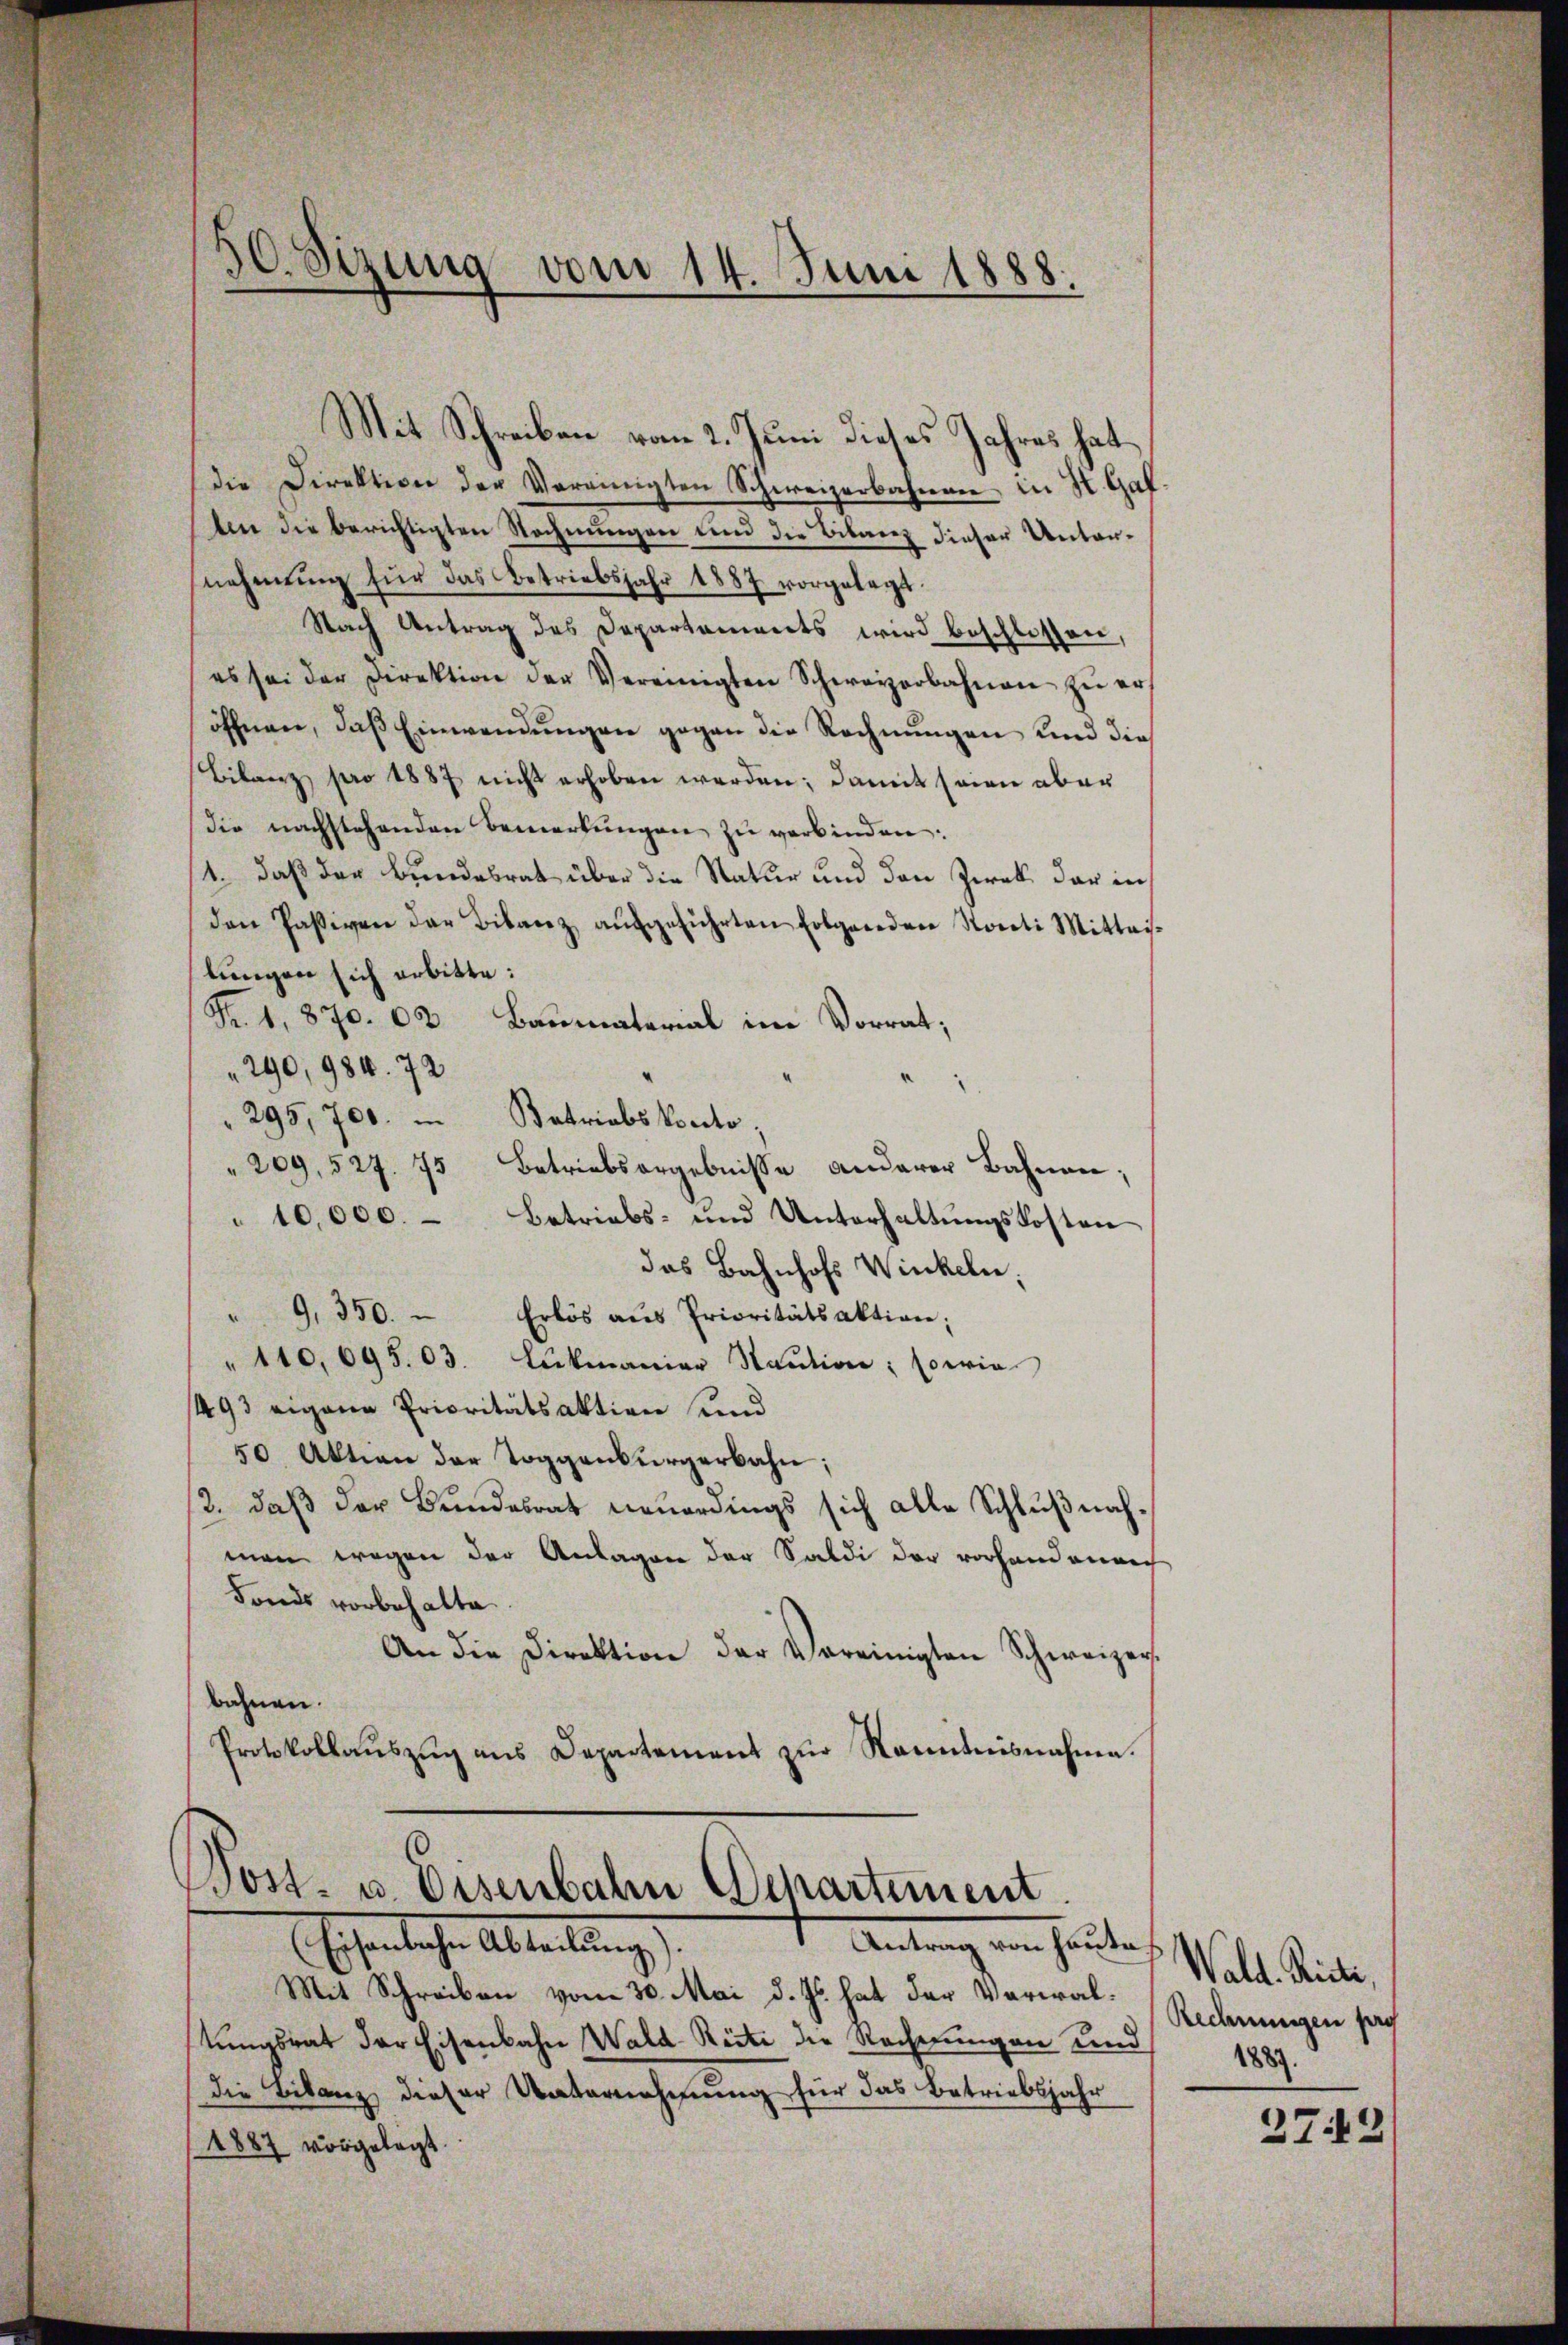
30. Sizung vom 14. Juni 1888.

Mit Schreiben vom 2. Juni dieses Jahres hat
die Direktion der Vereinigten Schweizerbahnen in St. Gal-
An die berichtigten Rechnungen und die Bilanz dieser Unternehmŭng für das Betriebsjahr 1887 vorgelegt.
Nach Antrag des Departements wird beschlossen,
es sei der Direktion der Vereinigten Schweizerbahnen zŭ er
öffnen, daß Einwendungen gegen die Rechnungen und dies
Bilanz pro 1887 nicht erhoben werden; damit seien aber
Die nachstehenden Bemerkungen zu verbinden:
4. daß der Bundesrat über die Natur und den Zweck der in
den Passiven der Bilanz aŭsgeführten Erbganden Sorti Mittaislungen sich erbitte:
Fr. 1, 870. 63 Baumaterial im Vorrat;
 290, 984. 72
295,700. u Betriebskonto,
209, 527. 75 betriebsorgebnisse anderer Bahnen;
10,000.
Betriebs- und Unterhaltungskosten
das Bahnhofs Winkeln.
" 9, 350.  Erlös aŭs Prioritätsaktion;
" 110, 695. 03. Lukmaniar Staŭtion; sowie
493 eigene Prioritätsaktion und
50 Aktion der Toggenbürgerbahn;
2., daß der Bundesrat neuerdings sich alle Schlußnahman wegen der Anlagen der Saldi der vorhandenen
Fonds vorbehalte.
An die Direktion der Vereinigten Schweizer.
bahnen.
Protokollaŭszŭg ans Departement zŭr Nomitnisnahme.

Post- u. Eisenbahn Departement.
Antrag von heute.
Eigentliche Abteilung

Mit Schreiben vom 30. Mai d. Js. hat der Verwaltungsrat der Eisenbahn Wald-Reite die Rechnungen Land
die Bilanz dieser Unternehmung für das Betriebsjahr
1887 vorgelegt.

Wald. Ricti,
Rechnungen pro
1887.

27.2